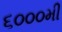
૬૦૦૦મી